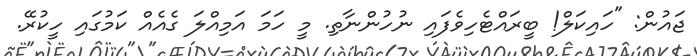
ޖައުން: "ހައިކަލް! ބީރައްޓެހިވެފައި ނުހުންނާތި. މީ ހަމަ އަމިއްލަ ގެއެއް ކަމުގައި ހީކުރޭ.